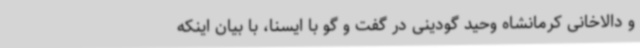
و دالاخانی کرمانشاه وحید گودینی در گفت و گو با ایسنا، با بیان اینکه